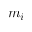
m _ { i }